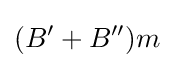
(B^{\prime }+B^{\prime \prime })m